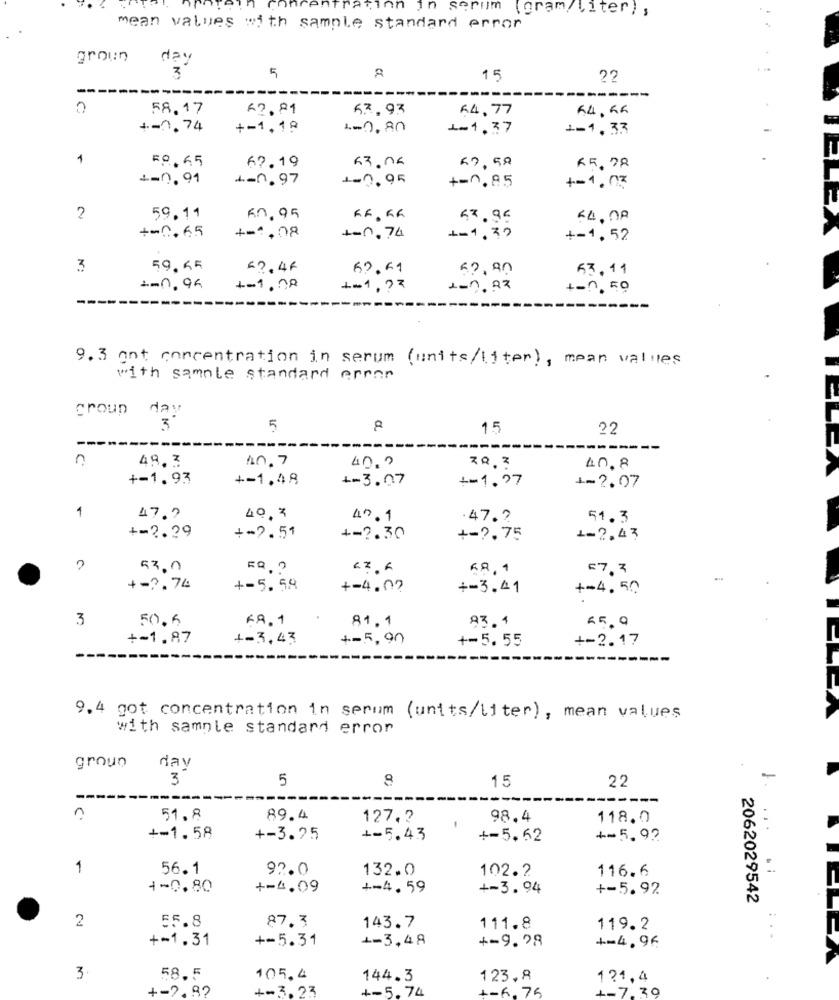
nn in serum (gram/liter) ,
mean values with sample standard error
day
3
5
15
22
---
58.17
62.81
67.93
64,77
+-1.74
+-1.19
L- 0,80
1-1,37
1-1,33
1
58.65
62.19
53.06
67,50
K5, 78
+=0,91
+-0. 97
1-0,95
+=0,85
+-1.03
2
59.11
KO. 95
R.F. KR
57.95
64.00
+-0.65
+-4.08
+-0.74
+-1,30
+-1,52
3
59.65
67.46
67.69
53.11
1-0.95
+-1 , 00
1-1, 77
1-0.92
+0.50
---
9.3 ant concentration in serum (units/liter), mean values
with samnle standard error
day
3
5
15
22
---
-----
10.7
40,0
49.3
ZA.3
40.8
+-1.93
+-1.48
+-3.07
+-1.97
+-2.07
1
47.2
40,3
47.1
.47.2
51.3
+=2.29
+-2.51
+-2.30
+ -?, 75
1-2,43
53,0
68.1
67, 7
+-2.74
+-5.58
+-4.09
+-3.41
+-4,50
3
50.6
KR. 1
81.1
83.4
+-1.87
+-3,43
+-5,90
+-5. 55
+-2.17
9.4 got concentration in serum (units/liter), mean values
with sample standard error
anou 6
day
3
5
15
22
----
-----
51. 8
89.4
127,2
98.4
118.0
+-1.58
+-3.25
+-5.43
+-5.62
+-5.92
1
56.1
92.0
132.0
102.2
116.6
+-0.80
+-4.09
+-4.59
+-3.94
+-5.92
2062029542
2
55.8
87.3
143.7
111.8
119.2
+-1.31
+-5.31
+-3,48
+-9.28
+=4.96
3
58.5
105.4
144.3
123,8
121,4
+-2.92
+-3.23
+-5.74
6.76
-7. zO